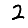
Digit: 2